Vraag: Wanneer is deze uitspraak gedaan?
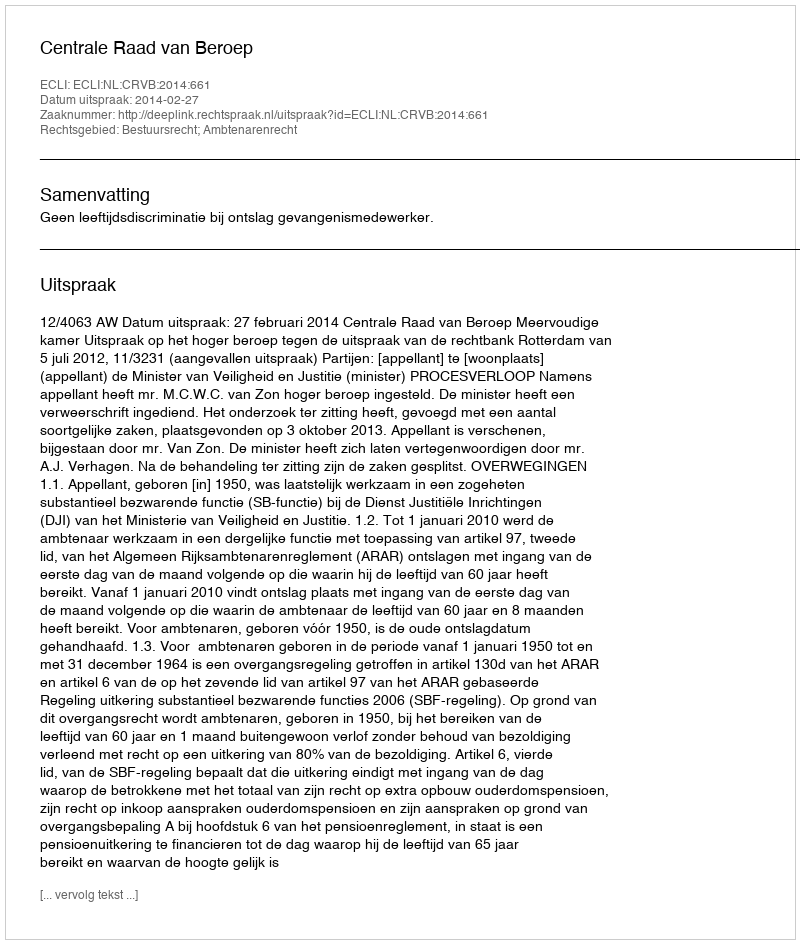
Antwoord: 2014-02-27